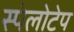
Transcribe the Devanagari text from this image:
स्पेलोटेप